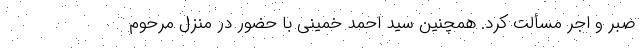
صبر و اجر مسألت کرد. همچنین سید احمد خمینی با حضور در منزل مرحوم